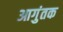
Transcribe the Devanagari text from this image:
आगुंतक